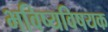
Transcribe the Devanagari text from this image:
भविष्यविषयक